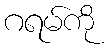
ဂရမ်ကို